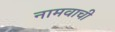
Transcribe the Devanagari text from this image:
नामवाची